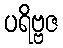
ပရိဗ္ဗဇ